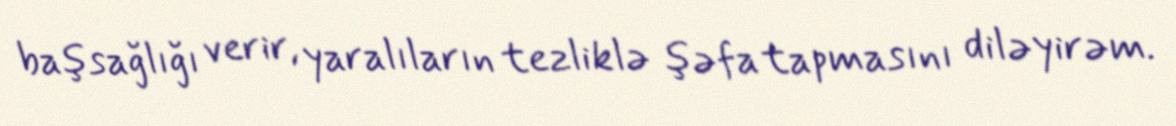
başsağlığı verir, yaralıların tezliklə şəfa tapmasını diləyirəm.